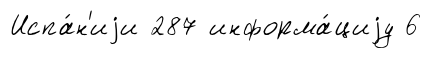
Испа́н'иjи 287 информа́циjу 6